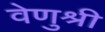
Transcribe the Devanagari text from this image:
वेणुश्री